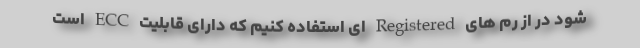
شود در از رم های Registered ای استفاده کنیم که دارای قابلیت ECC است